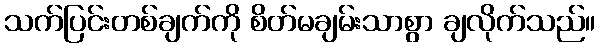
သက်ပြင်းတစ်ချက်ကို စိတ်မချမ်းသာစွာ ချလိုက်သည်။